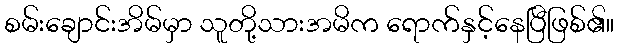
စမ်းချောင်းအိမ်မှာ သူတို့သားအမိက ရောက်နှင့်နေပြီဖြစ်၏။